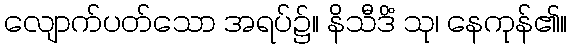
လျောက်ပတ်သော အရပ်၌။ နိသီဒိံ သု၊ နေကုန်၏။